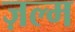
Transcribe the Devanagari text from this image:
ज़ल्म